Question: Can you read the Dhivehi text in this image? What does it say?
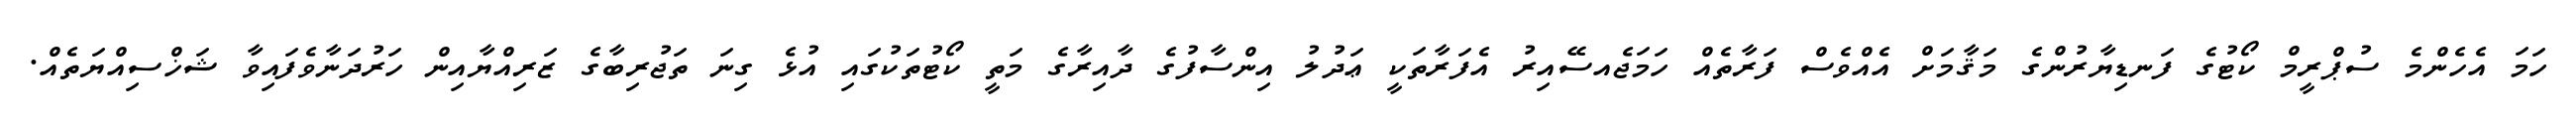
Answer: ހަމަ އެހެންމެ ސުޕްރީމް ކޯޓުގެ ފަނޑިޔާރުންގެ މަޤާމަށް އެއްވެސް ފަރާތެއް ހަމަޖެއސޭއިރު އެފަރާތަކީ ޢަދުލު އިންސާފުގެ ދާއިރާގެ މަތީ ކޯޓުތަކުގައި އުޅެ ގިނަ ތަޖުރިބާގެ ޒަރިއްޔާއިން ހަރުދަނާވެފައިވާ ޝަޚްސިއްޔަތެއް.